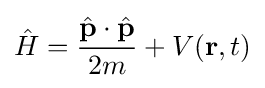
{\hat {H}}={\frac {{\hat {\mathbf {p} }}\cdot {\hat {\mathbf {p} }}}{2m}}+V(\mathbf {r} ,t)